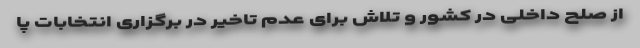
از صلح داخلی در کشور و تلاش برای عدم تاخیر در برگزاری انتخابات پا